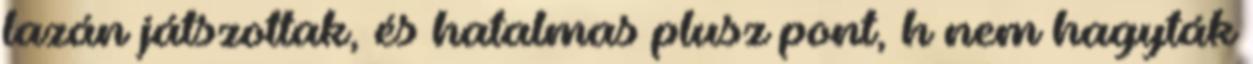
lazán játszottak, és hatalmas plusz pont, h nem hagyták